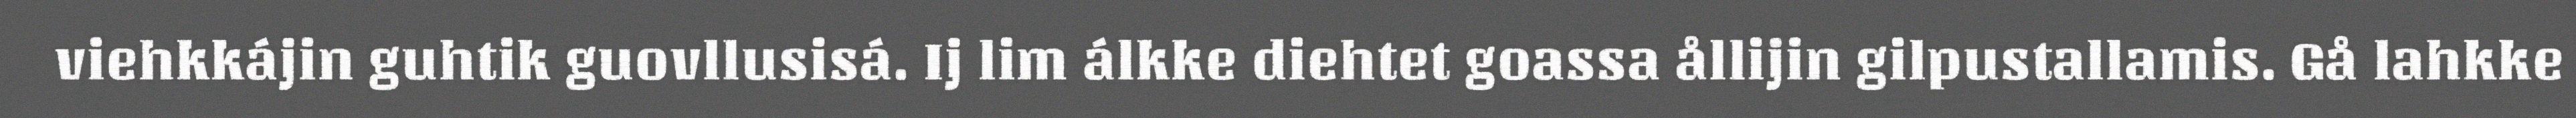
viehkkájin guhtik guovllusisá. Ij lim álkke diehtet goassa ållijin gilpustallamis. Gå lahkke